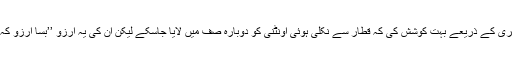
اپنی اعلیٰ اور دردمندانہ شاعری کے ذریعے بہت کوشش کی کہ قطار سے نکلی ہوئی اونٹنی کو دوبارہ صف میں لایا جاسکے لیکن ان کی یہ آرزو ’’بسا آرزو کہ خاک شد‘‘ کے مصداق بنی۔